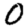
Digit: 0